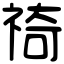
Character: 䄎